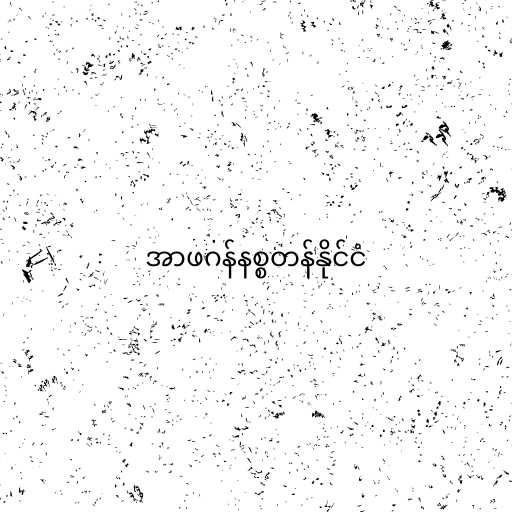
အာဖဂန်နစ္စတန်နိုင်ငံ